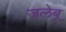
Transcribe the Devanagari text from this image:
जलेबू